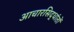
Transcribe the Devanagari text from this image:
आचारसिद्धांतों